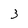
Character: 3